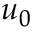
u _ { 0 }